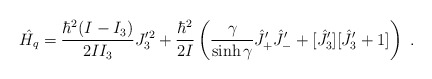
\begin{align*}\hat{H_q}=\frac{\hbar^2(I-I_3)}{2II_3}J_3^{\prime 2}+\frac{\hbar^2}{2I} \left(\frac{\gamma}{\sinh\gamma}\hat{J}_{+}^\prime \hat{J}_{-}^\prime +[\hat{J}_{3}^\prime ][\hat{J}_{3}^\prime +1]\right)~.\end{align*}